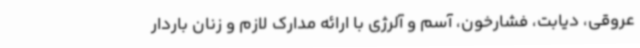
عروقی، دیابت، فشارخون، آسم و آلرژی با ارائه مدارک لازم و زنان باردار